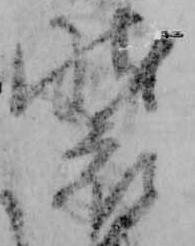
装